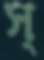
স্